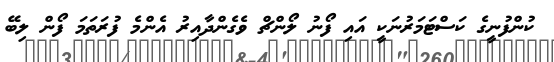
ކުންފުނީގެ ކަސްޓަމަރުނަކީ އައި ފޯނު ލޯންޗް ވެގެންދާއިރު އެންމެ ފުރަތަމަ ފޯން ލިބޭ